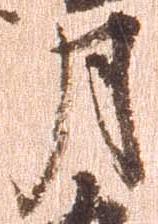
月